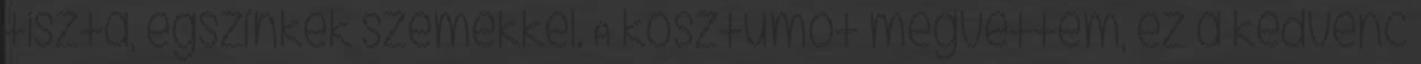
tiszta, égszínkék szemekkel. A kosztűmöt megvettem, ez a kedvenc